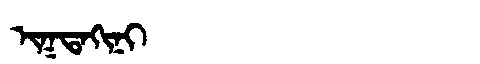
Manchu: ᡳᡴᡨᠠᡴᡳᠨᡳ
Romanization: IKTAKINI